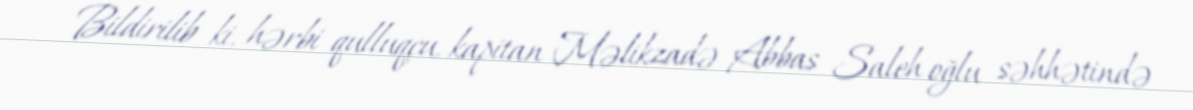
Bildirilib ki, hərbi qulluqçu, kapitan Məlikzadə Abbas Saleh oğlu səhhətində